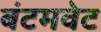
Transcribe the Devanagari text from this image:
बंटमवेट